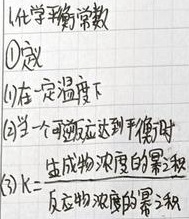
1. 化学平衡常数
\textcircled{1}定义
(1) 在一定温度下
(2) 当一个可逆反应达到平衡时
(3) \(K = \frac{生成物浓度的幂积}{反应物浓度的幂积}\)